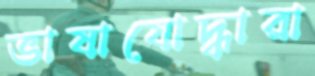
ভাষাযোদ্ধারা